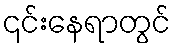
၎င်းနေရာတွင်